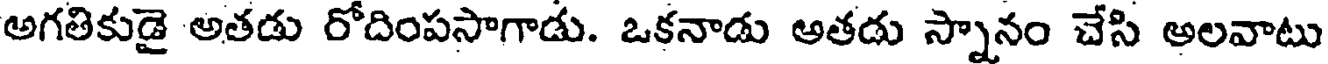
అగతికుడై అతడు రోదింపసాగాడు. ఒకనాడు అతడు స్నానం చేసి అలవాటు